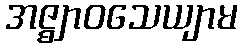
အဇ္ဈာဝသေယျာမ